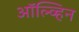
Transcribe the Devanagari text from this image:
ऑल्व्हिन